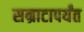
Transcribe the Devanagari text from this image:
सम्राटापर्यंत